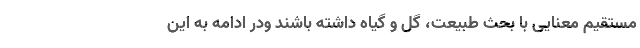
مستقیم معنایی با بحث طبیعت، گل و گیاه داشته باشند ودر ادامه به این